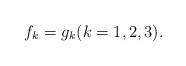
\begin{align*}f_k=g_k (k=1,2,3).\end{align*}